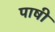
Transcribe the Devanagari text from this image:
पाषी